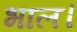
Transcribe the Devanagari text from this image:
भाल।